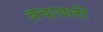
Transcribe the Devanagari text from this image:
बचावली